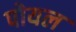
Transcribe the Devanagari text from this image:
पोयल